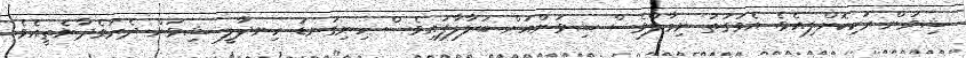
ޝިވަން ރަކިކޮށްލިއެވެ. އެވަގުތު ނިމާލްވެސް ޝިވަންއަަށް ބަލާލާފައިވެސް ހިނިގަނޑު ހިނދާލީ ޝިވަން ދެރަވެދާނެތީއެވެ.